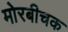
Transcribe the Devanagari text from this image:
मोरबीचक